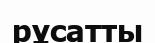
рұсатты